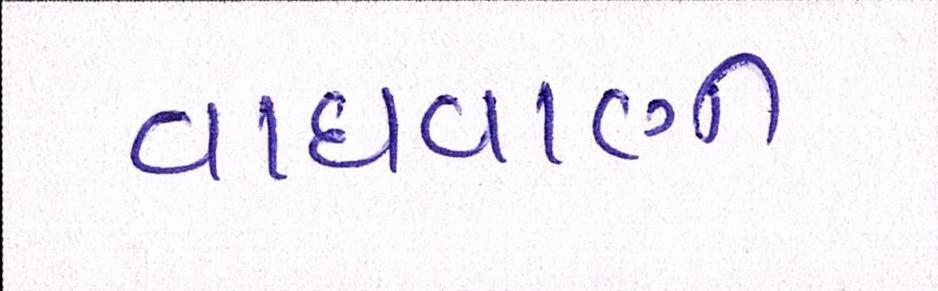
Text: વાધવાણી